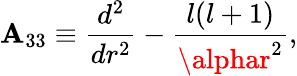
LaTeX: \mathbf{A}_{33}\equiv{\frac{{d^{2}}}{{dr^{2}}}}-{\frac{{l(l+1)}}{{\alphar^{2}}}},